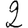
Digit: 2